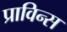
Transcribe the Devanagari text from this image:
प्राविन्स